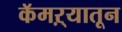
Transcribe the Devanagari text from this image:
कॅमऱ्यातून